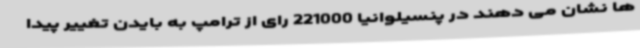
ها نشان می دهند در پنسیلوانیا 221000 رای از ترامپ به بایدن تغییر پیدا